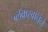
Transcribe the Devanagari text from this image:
ब्लॅकस्वानने